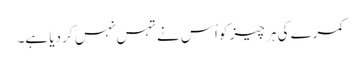
کمرے کی ہر چیز کو اُس نے تہس نہس کر دیا ہے۔